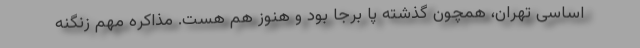
اساسی تهران، همچون گذشته پا برجا بود و هنوز هم هست. مذاکره مهم زنگنه